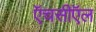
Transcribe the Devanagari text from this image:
ऍचसीऍल